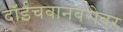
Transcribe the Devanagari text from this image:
दॉईचबानबरोबर